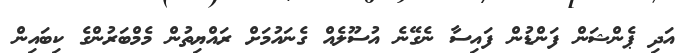
އަދި ޕެންޝަން ފަންޑުން ފައިސާ ނެގޭނެ އުސޫލެއް ގެނައުމަށް ރައްޔިތުން މެމްބަރުންގެ ކިބައިން